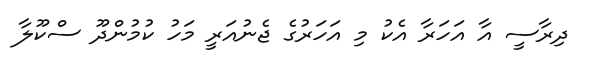
ދިރާސީ އާ އަހަރާ އެކު މި އަހަރުގެ ޖެނުއަރީ މަހު ކުމުންދޫ ސްކޫލާ